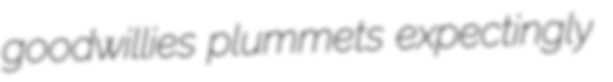
goodwillies plummets expectingly